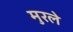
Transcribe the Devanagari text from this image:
मुरले